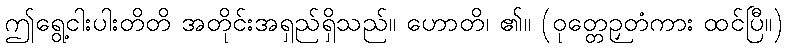
ဤရွေ့ငါးပါးတိတိ အတိုင်းအရှည်ရှိသည်။ ဟောတိ၊ ၏။ (ဝုတ္တေဉှတံကား ထင်ပြီ။)